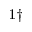
^ { 1 \dagger }